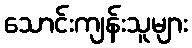
သောင်းကျန်းသူများ